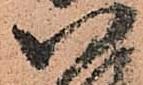
八